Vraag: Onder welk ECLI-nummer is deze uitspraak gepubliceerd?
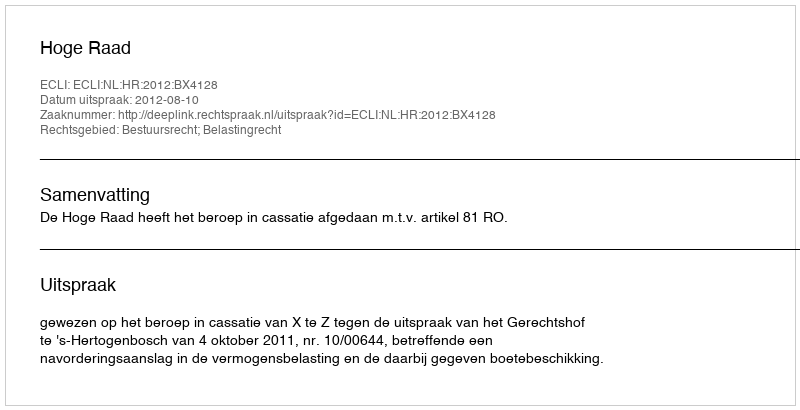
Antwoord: ECLI:NL:HR:2012:BX4128